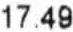
17.49